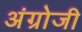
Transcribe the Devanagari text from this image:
अंग्रोजी